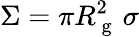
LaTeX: \Sigma=\pi R_{\mathrm{~g~}}^{2}\, \sigma